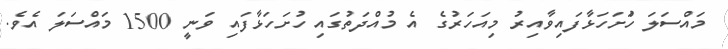
މައްސަލަ ހުަށަހަޅާފައިވާއިރު މިއަހަރުގެ އެ މުއްދަތުގައި ހުށަހަޅާފައި ވަނީ 1500 މައްސަލަ އެވެ.